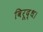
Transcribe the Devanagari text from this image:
विरूद्ध।